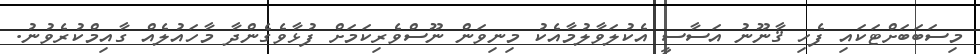
މިސަބަބަށްޓަކައި ފެހި ޤާނޫނު އަސާސީ އެކުލަވާލުމާއެކު މިނިވަން ނޫސްވެރިކަމަށް ފުޅާވެގެންދާ މާހައުލެއް ގާއިމްކުރެވުނު.